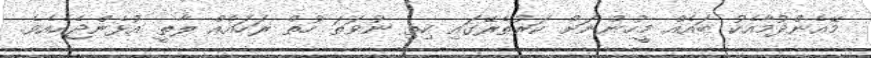
މޭއެންދުމާއެކު ބައެއް މީހުންނަށް ކަރުތެރޭގައި ހިތި ނުވަތަ ހުތް ރަހައެއް ލާތީ އުޅެންޖެހެއެވެ.